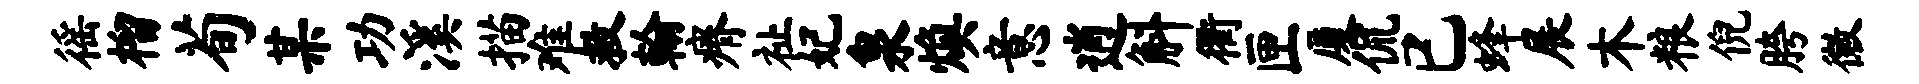
徭榴荀某功溪描难救翰瘠祉妃泉焕意逍斛衢匣厦侃已蜂展木粮倪胯徽